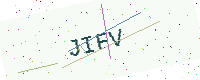
Text: JIFV